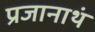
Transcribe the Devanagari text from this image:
प्रजानाथं